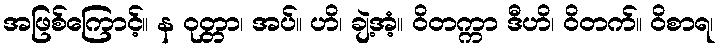
အဖြစ်ကြောင့်။ န ဝုတ္တာ၊ အပ်။ ဟိ၊ ချဲ့အံ့။ ဝိတက္ကာ ဒီဟိ၊ ဝိတက်။ ဝိစာရ၊